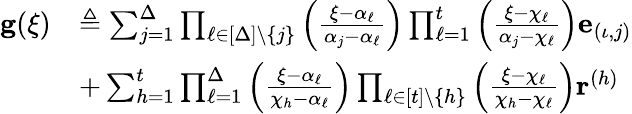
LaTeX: \begin{array}{rl}{\mathbf{g}(\xi)}&{\triangleq\sum_{j=1}^{\Delta}\prod_{\ell\in[\Delta]\setminus\{ j\} }\left(\frac{\xi-\alpha_{\ell}}{\alpha_{j}-\alpha_{\ell}}\right)\prod_{\ell=1}^{t}\left(\frac{\xi-\chi_{\ell}}{\alpha_{j}-\chi_{\ell}}\right)\mathbf{e}_{(\iota,j)}}\\ &{+\sum_{h=1}^{t}\prod_{\ell=1}^{\Delta}\left(\frac{\xi-\alpha_{\ell}}{\chi_{h}-\alpha_{\ell}}\right)\prod_{\ell\in[t]\setminus\{ h\} }\left(\frac{\xi-\chi_{\ell}}{\chi_{h}-\chi_{\ell}}\right)\mathbf{r}^{(h)}}\end{array}